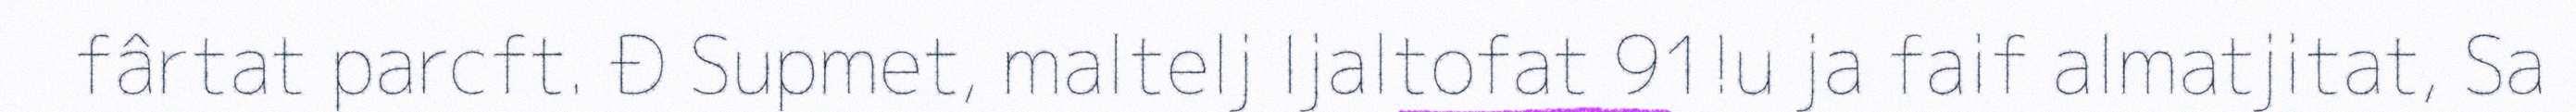
fârtat parcft. Đ Supmet, maltelj Ijaltofat 91!u ja faif almatjitat, Sa